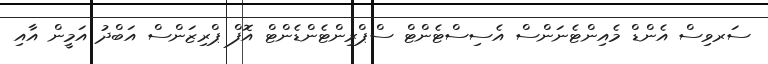
ސަރވިސް އެންޑް މެއިންޓެނަންސް އެސިސްޓެންޓް ސްޕްރިންޓެންޑެންޓް އޮފް ޕްރިޒަންސް އަބްދު އަމީން އާއި